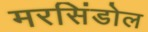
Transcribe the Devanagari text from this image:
मरसिंडोल